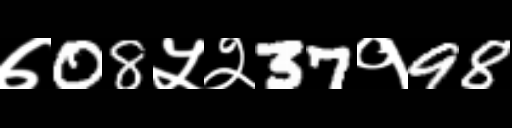
Text: ७08५२37१98